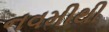
નવમીથી